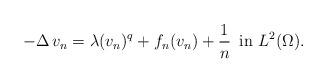
LaTeX: \begin{align*}-\Delta\,v_n = \lambda(v_n)^{q} + f_n(v_n) + \frac{1}{n} \,\,\, \mbox{in}\,\, L^2(\Omega).\end{align*}